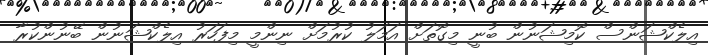
އިލެކްޝަންސް ކޮމިޝަނުން ބުނީ މިގޮތަށް އަމަލު ކުރުމަށް ނިންމީ މިފަހަރު އިލެކްޝަނުން ބޭނުންކުރާ